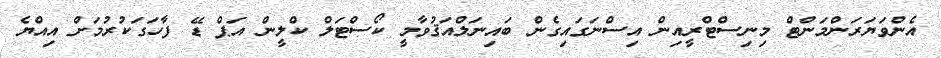
އެންވަޔަރަންމަންޓް މިނިސްޓްރީއިން އިސްނަގައިގެން ބައިނަލްއަޤުވާމީ ކޯސްޓަލް ކްލީން އަޕް ޑޭ ފާހަގަކުރުމަށް އިއްޔެ